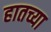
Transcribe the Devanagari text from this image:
हातच्या